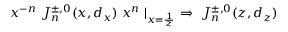
x ^ { - n } \ J _ { n } ^ { \pm , 0 } ( x , d _ { x } ) \ x ^ { n } \mid _ { x = { \frac { 1 } { z } } } \ \Rightarrow \ J _ { n } ^ { \pm , 0 } ( z , d _ { z } )